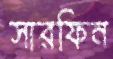
সারফিন